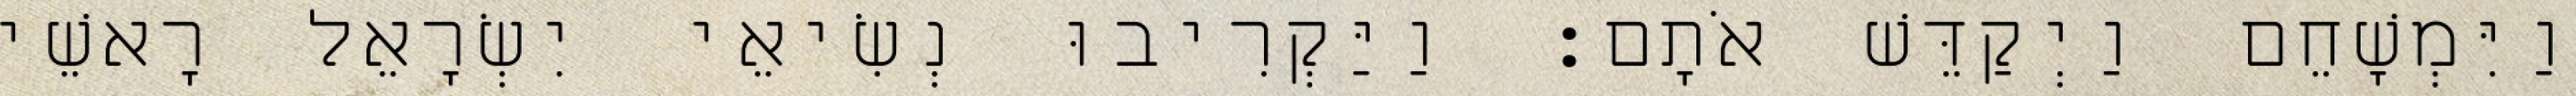
וַיִּמְשָׁחֵם וַיְקַדֵּשׁ אֹתָם׃ וַיַּקְרִיבוּ נְשִׂיאֵי יִשְׂרָאֵל רָאשֵׁי